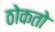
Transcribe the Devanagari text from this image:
ठोकतो